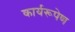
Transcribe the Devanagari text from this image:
कार्यरूपेण